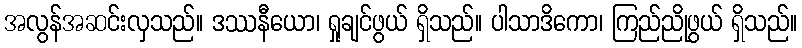
အလွန်အဆင်းလှသည်။ ဒဿနီယော၊ ရှုချင်ဖွယ် ရှိသည်။ ပါသာဒိကော၊ ကြည်ညိုဖွယ် ရှိသည်။